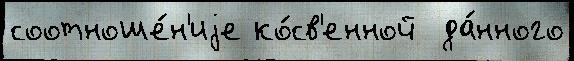
соотноше́н'иjе ко́св'енной  да́нного